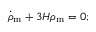
{ \dot { \rho } } _ { \mathrm { { m } } } + 3 H \rho _ { \mathrm { { m } } } = 0 ;